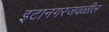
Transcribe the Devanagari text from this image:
इटानगरजवळील